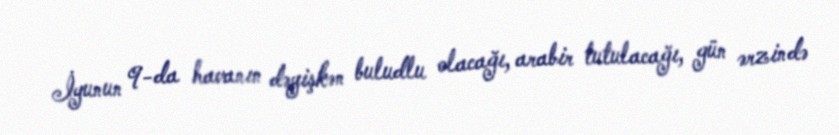
İyunun 9-da havanın dəyişkən buludlu olacağı, arabir tutulacağı, gün ərzində